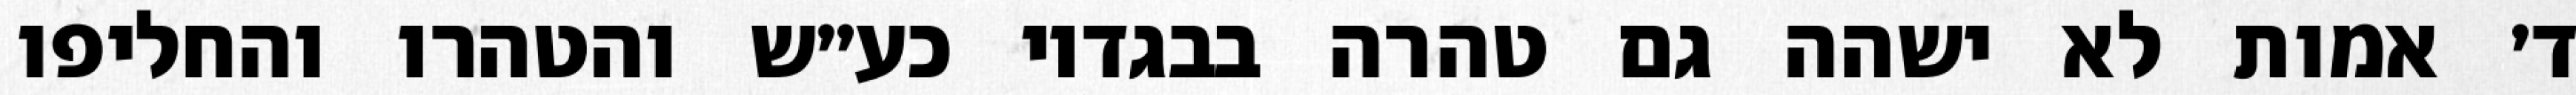
ד׳ אמות לא ישהה גם טהרה בבגדיו כע״ש והטהרו והחליפו